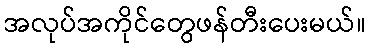
အလုပ်အကိုင်တွေဖန်တီးပေးမယ်။